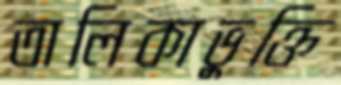
তালিকাভুক্তি